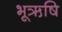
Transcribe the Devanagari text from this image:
भूऋषि